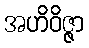
အဟိဝိဇ္ဇာ